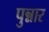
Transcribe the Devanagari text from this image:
पुन्नार